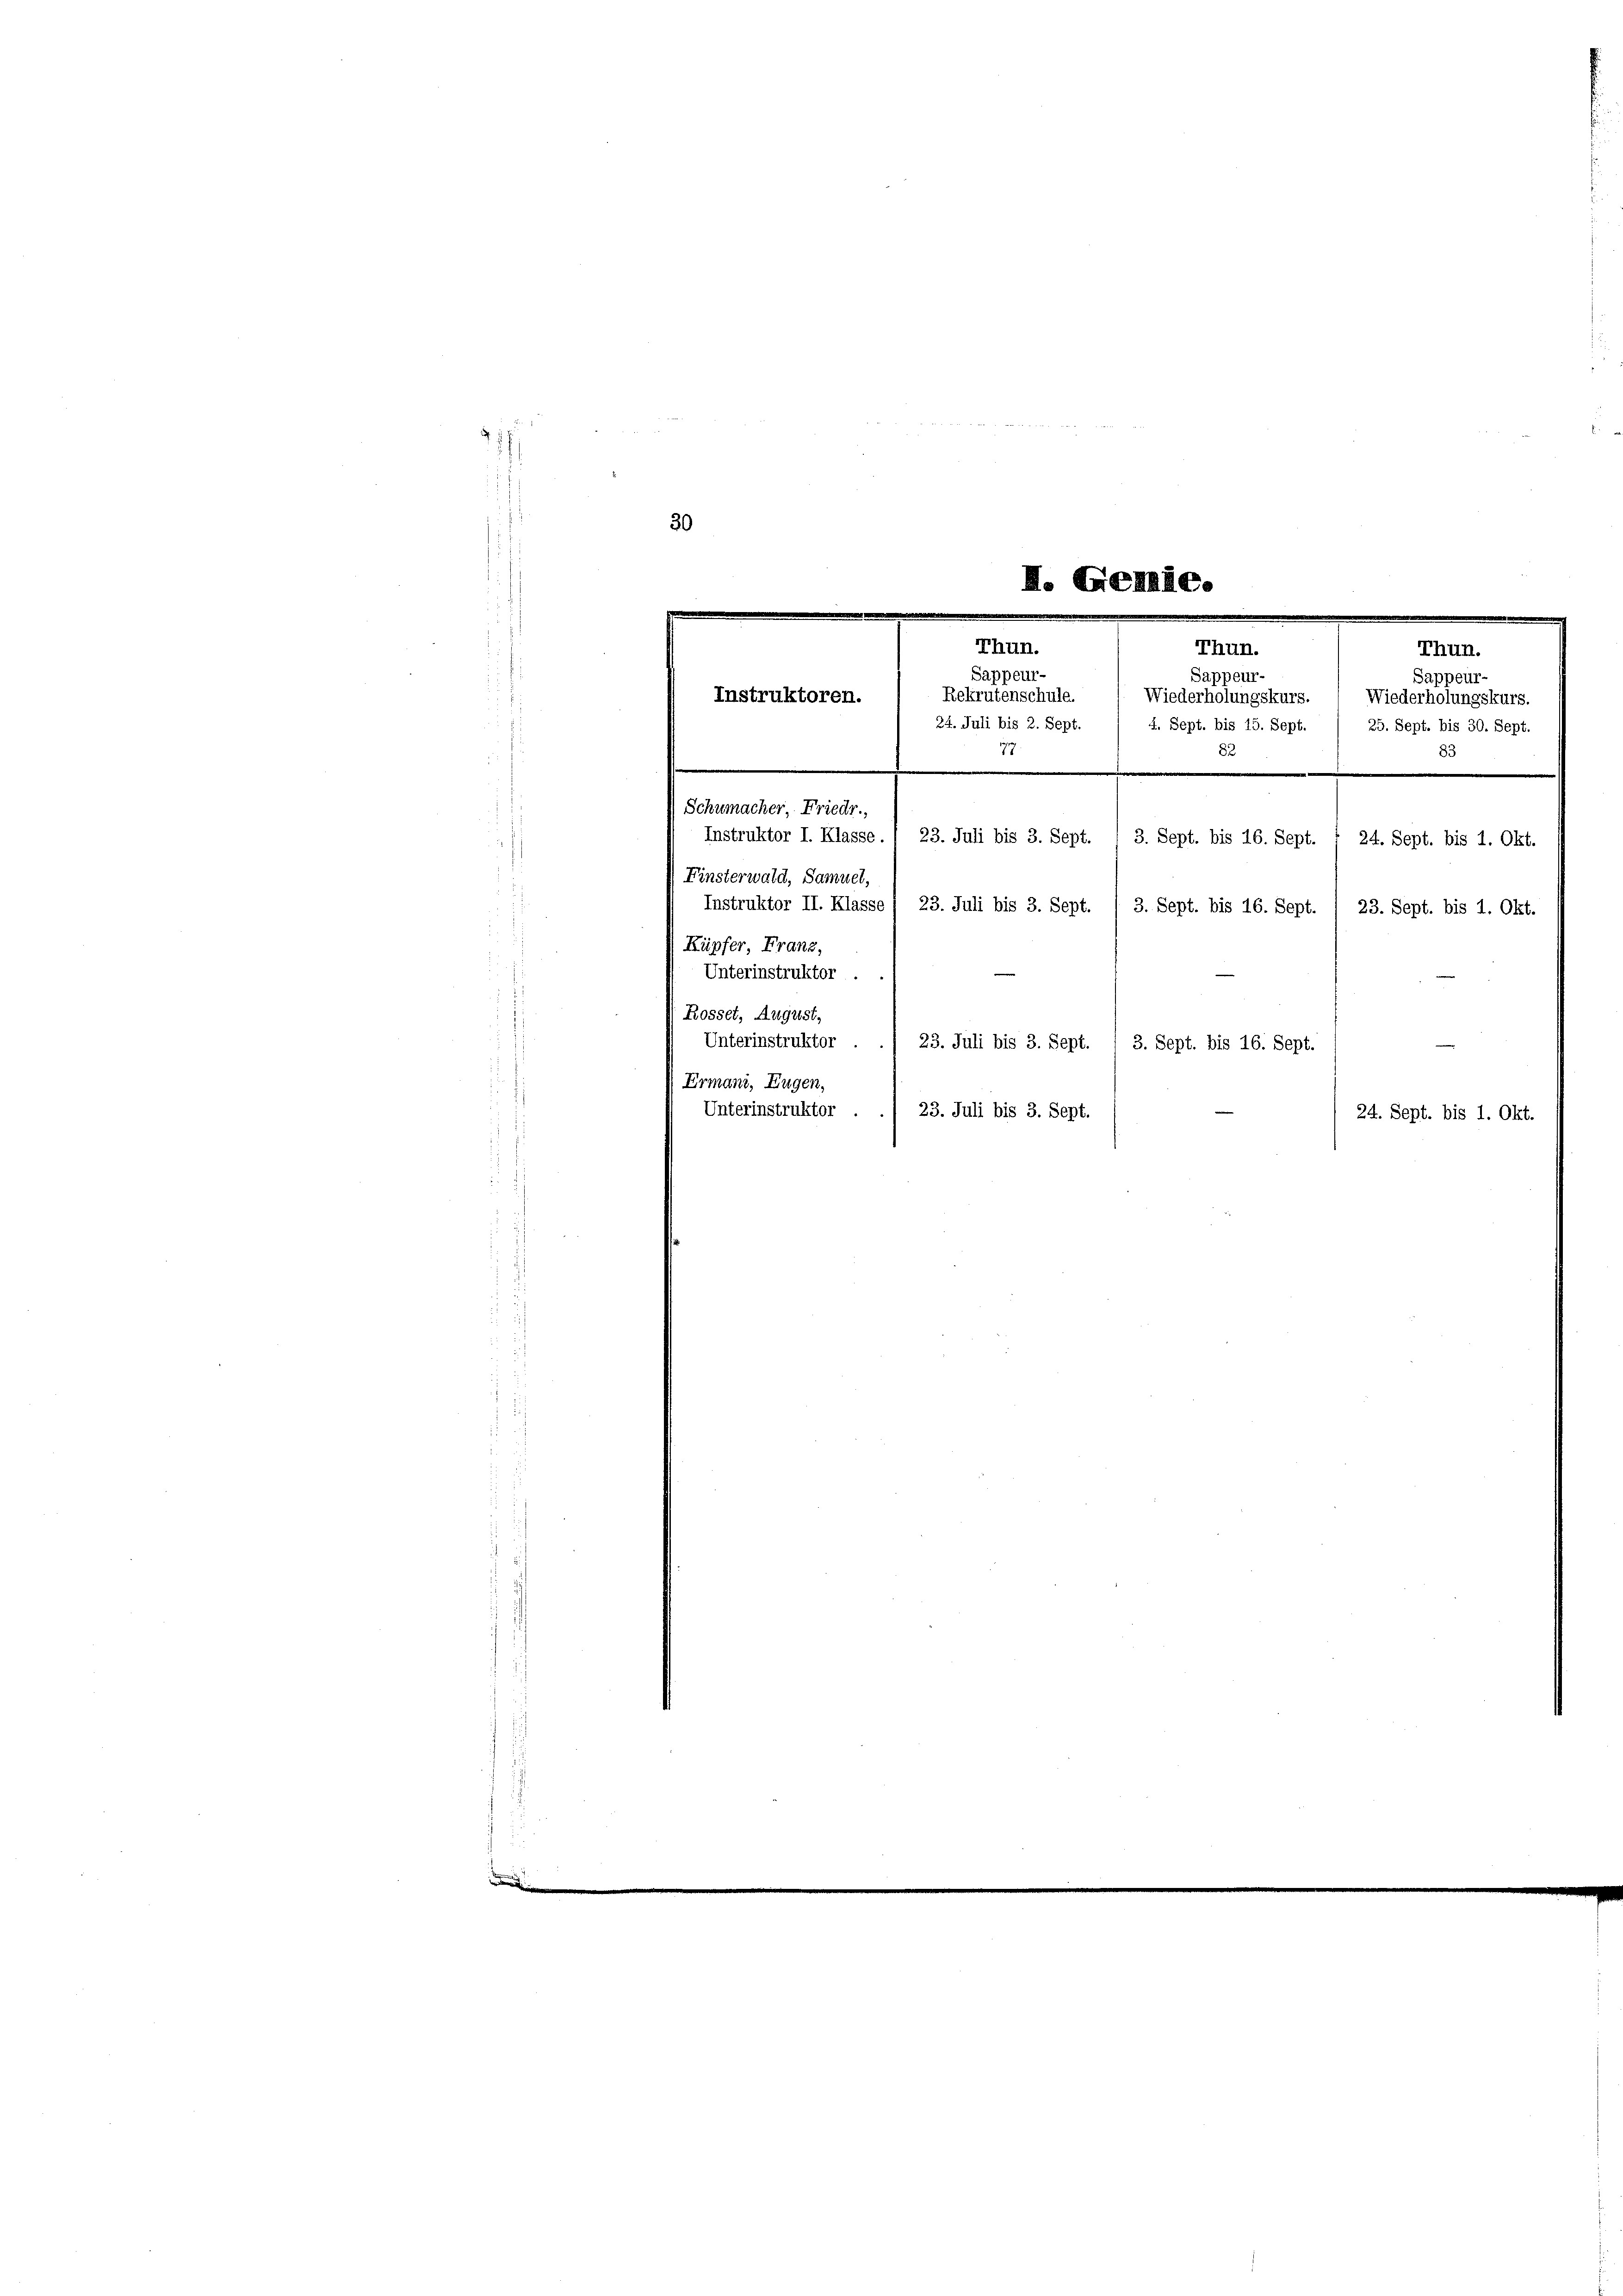
30
Instruktor I. Klasse. , 23. Juli bis 3. Sept.
3. Sept. bis 16. Sept. 1 24. Sept. bis 1. Okt.
Finsterwald, Samuel,
Instruktor II. Klasse / 23. Juli bis 3. Sept.
3. Sept. bis 16. Sept.
23. Sept. bis 1. Okt.
i
Küpfer Franz,
Unterinstruktor .
Rosset, August,
Unterinstruktor
23. Juli bis 3. Sept. 1 3. Sept. bis 16. Sept.
.
Ermann, Eugen,
Unterinstruktor
23. Juli bis 3. Sept.
s

I. Gemde.
rThun.
Thun.
Thun.
Sappeur-
Sappeur-
Sappeur-
Rekrutenschule.
Instruktoren.
Wiederholungskurs.
Wiederholungskurs.
.
e
24. Juli bis 2. Sept.
4. Sept. bis 15. Sept. / 25. Sept. bis 30. Sept.
77.
83
82

Schumacher, Friedr.

24. Sept. bis 1. Okt.